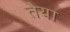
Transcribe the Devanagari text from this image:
तेया